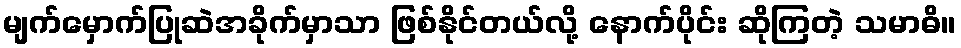
မျက်မှောက်ပြုဆဲအခိုက်မှာသာ ဖြစ်နိုင်တယ်လို့ နောက်ပိုင်း ဆိုကြတဲ့ သမာဓိ။